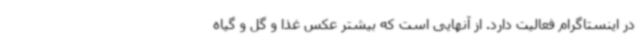
در اینستاگرام فعالیت دارد. از آنهایی است که بیشتر عکس غذا و گل و گیاه